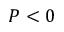
P < 0